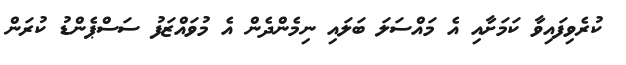
ކުރެވިފައިވާ ކަމަށާއި އެ މައްސަލަ ބަލައި ނިމެންދެން އެ މުވައްޒަފު ސަސްޕެންޑު ކުރަން